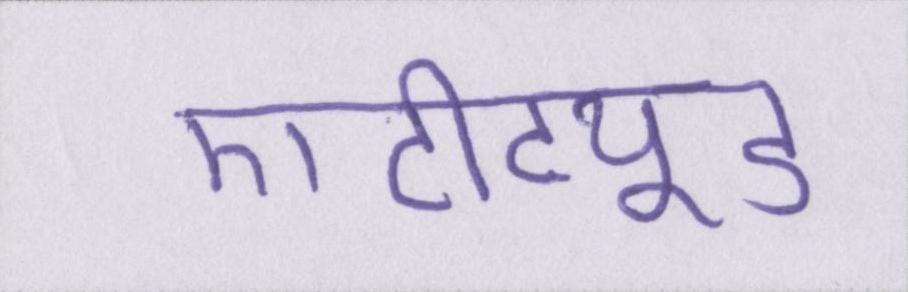
एटीट्यूड